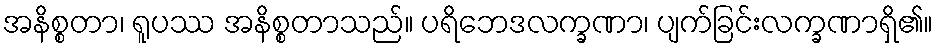
အနိစ္စတာ၊ ရူပဿ အနိစ္စတာသည်။ ပရိဘေဒလက္ခဏာ၊ ပျက်ခြင်းလက္ခဏာရှိ၏။